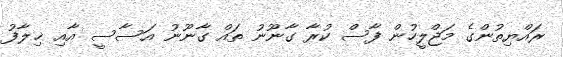
ރައްޔިތުންގެ މަޖްލީހުން ފާސް ކުރާ ގާނޫނު ތައް ގާނޫނު އަސާސީ އާއި ޚިލާފު